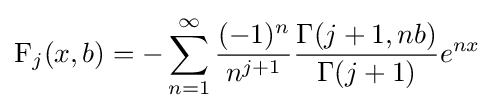
\operatorname {F} _{j}(x,b)=-\sum _{n=1}^{\infty }{\frac {(-1)^{n}}{n^{j+1}}}{\frac {\Gamma (j+1,nb)}{\Gamma (j+1)}}e^{nx}